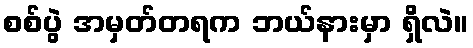
စစ်ပွဲ အမှတ်တရက ဘယ်နားမှာ ရှိလဲ။